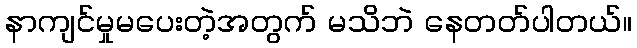
နာကျင်မှုမပေးတဲ့အတွက် မသိဘဲ နေတတ်ပါတယ်။